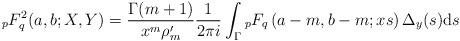
LaTeX: \begin{align*} {}_pF^2_q(a,b;X,Y)=\frac{\Gamma(m+1)}{x^m\rho_m'}\frac{1}{2\pi i}\int_\Gamma {}_pF_q\left(a-m,b-m;xs\right) \Delta_y(s) {\rm d}s \end{align*}